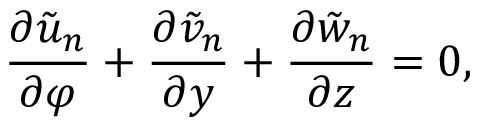
\frac { \partial \tilde { u } _ { n } } { \partial \varphi } + \frac { \partial \tilde { v } _ { n } } { \partial y } + \frac { \partial \tilde { w } _ { n } } { \partial z } = 0 ,